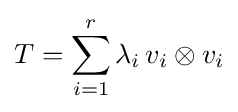
T=\sum _{i=1}^{r}\lambda _{i}\,v_{i}\otimes v_{i}